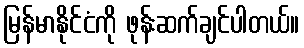
မြန်မာနိုင်ငံကို ဖုန်းဆက်ချင်ပါတယ်။